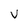
Character: V